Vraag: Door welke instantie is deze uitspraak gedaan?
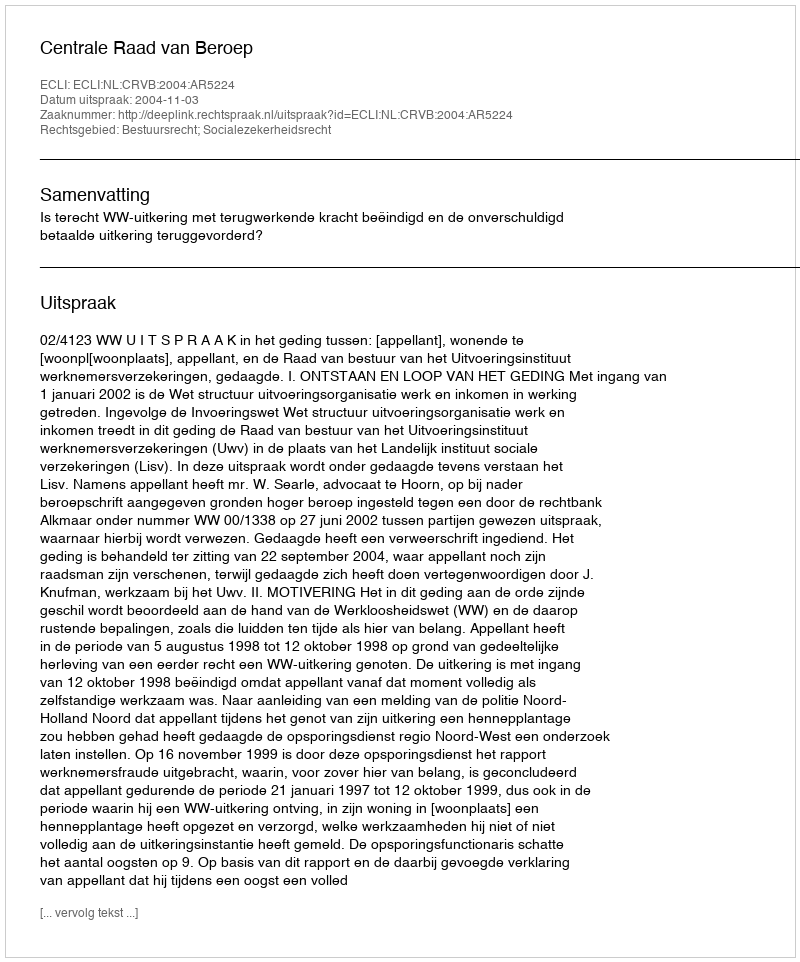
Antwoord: Centrale Raad van Beroep